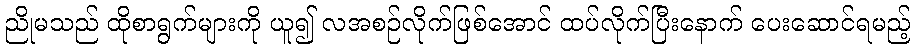
ညိုမသည် ထိုစာရွက်များကို ယူ၍ လအစဉ်လိုက်ဖြစ်အောင် ထပ်လိုက်ပြီးနောက် ပေးဆောင်ရမည့်